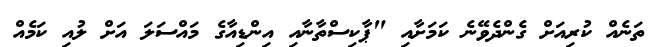
ތަނެއް ކުރިއަށް ގެންދެވޭނެ ކަމަށާއި "ޕާކިސްތާނާއި އިންޑިއާގެ މައްސަލަ އަށް ލުއި ކަމެއް